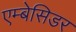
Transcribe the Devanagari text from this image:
एम्बेसिडर